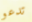
تدعو